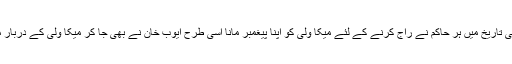
جیسے پاکستان کی تاریخ میں ہر حاکم نے راج کرنے کے لئے میکا ولی کو اپنا پیغمبر مانا اسی طرح ایوب خان نے بھی جا کر میکا ولی کے دربار میں حاضری دی۔